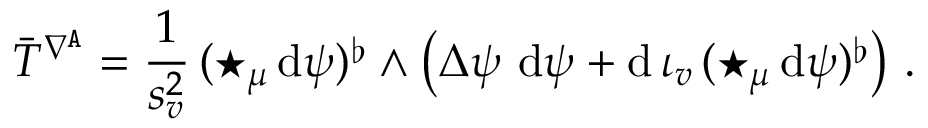
\bar { T } ^ { \nabla ^ { \mathtt { A } } } = \frac 1 { s _ { v } ^ { 2 } } \, ( \star _ { \mu } \, \mathrm { d } \psi ) ^ { \flat } \wedge \big ( \Delta \psi \ \mathrm { d } \psi + \mathrm { d } \, \iota _ { v } \, ( \star _ { \mu } \, \mathrm { d } \psi ) ^ { \flat } \big ) \ .